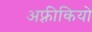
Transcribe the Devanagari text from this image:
अफ़्रीकियो